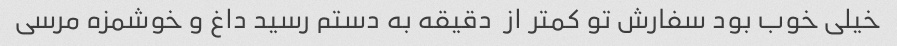
خیلی خوب بود سفارش تو کمتر از  دقیقه به دستم رسید داغ و خوشمزه مرسی